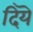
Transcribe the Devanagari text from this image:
दियॆ